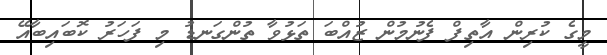
މީގެ ކުރިން އާތިފް ފެނުމުން ޒުއްބަ ތަޅުވާ ތުންގަނޑު މި ފަހަރު ކޮބައިބާއޭ